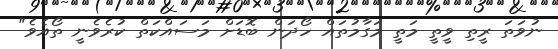
ނުވަތަ ރީތި ވީތީ މަތީ މަގާމުތައް ހޯދަން ބޮޑަށް މަސައްކަތް ކުރެވެނީ ތޯއެވެ"